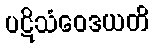
ပဋိသံဝေဒယတိ